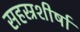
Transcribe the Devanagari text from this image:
सहस्रशीर्षा